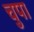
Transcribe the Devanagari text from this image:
चुपा